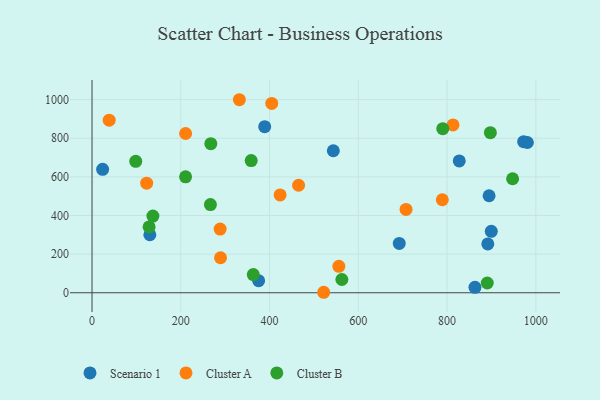
{"axis": {"x": "Speed", "y": "Sales"}, "legend": ["Cluster A", "Cluster B", "Scenario 1"], "data": [{"x": "23.9", "y": 639.2, "type": "Scenario 1"}, {"x": "692.3", "y": 255.5, "type": "Scenario 1"}, {"x": "891.8", "y": 253.1, "type": "Scenario 1"}, {"x": "543.7", "y": 735.2, "type": "Scenario 1"}, {"x": "894.7", "y": 502.4, "type": "Scenario 1"}, {"x": "827.5", "y": 682.8, "type": "Scenario 1"}, {"x": "130.3", "y": 300.3, "type": "Scenario 1"}, {"x": "972.6", "y": 782.1, "type": "Scenario 1"}, {"x": "389.1", "y": 859.8, "type": "Scenario 1"}, {"x": "862.9", "y": 27.9, "type": "Scenario 1"}, {"x": "899.7", "y": 318.0, "type": "Scenario 1"}, {"x": "981.0", "y": 778.1, "type": "Scenario 1"}, {"x": "375.4", "y": 62.5, "type": "Scenario 1"}, {"x": "210.9", "y": 824.6, "type": "Cluster A"}, {"x": "123.1", "y": 567.2, "type": "Cluster A"}, {"x": "332.0", "y": 999.5, "type": "Cluster A"}, {"x": "289.6", "y": 181.2, "type": "Cluster A"}, {"x": "38.7", "y": 893.4, "type": "Cluster A"}, {"x": "556.2", "y": 136.9, "type": "Cluster A"}, {"x": "423.8", "y": 506.7, "type": "Cluster A"}, {"x": "813.4", "y": 868.9, "type": "Cluster A"}, {"x": "465.4", "y": 556.6, "type": "Cluster A"}, {"x": "522.0", "y": 2.5, "type": "Cluster A"}, {"x": "288.7", "y": 329.7, "type": "Cluster A"}, {"x": "707.6", "y": 431.7, "type": "Cluster A"}, {"x": "789.3", "y": 481.5, "type": "Cluster A"}, {"x": "405.0", "y": 980.4, "type": "Cluster A"}, {"x": "128.6", "y": 340.7, "type": "Cluster B"}, {"x": "210.8", "y": 600.4, "type": "Cluster B"}, {"x": "98.5", "y": 680.3, "type": "Cluster B"}, {"x": "897.6", "y": 828.8, "type": "Cluster B"}, {"x": "363.4", "y": 94.1, "type": "Cluster B"}, {"x": "137.2", "y": 396.9, "type": "Cluster B"}, {"x": "790.4", "y": 849.4, "type": "Cluster B"}, {"x": "358.7", "y": 684.4, "type": "Cluster B"}, {"x": "890.6", "y": 50.6, "type": "Cluster B"}, {"x": "947.7", "y": 590.2, "type": "Cluster B"}, {"x": "266.8", "y": 456.5, "type": "Cluster B"}, {"x": "563.0", "y": 68.7, "type": "Cluster B"}, {"x": "267.7", "y": 772.0, "type": "Cluster B"}]}